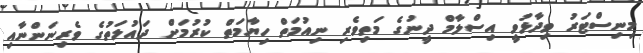
މިނިސްޓަރު ވިދާޅުވީ އިސްލާމް ދީނުގެ މަތިވެރި ނިއުމަތް ހިޔާމަތް ކުރުމަށް ދައުލަތުގެ ވެރިނަންނާއި